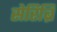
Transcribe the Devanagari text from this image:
सेरिब्रि